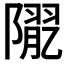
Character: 𨼉